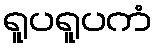
ရူပရူပကံ